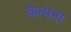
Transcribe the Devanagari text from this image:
वेल्सना